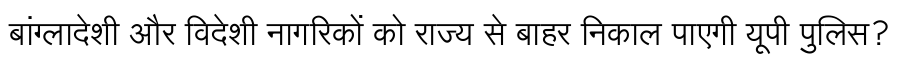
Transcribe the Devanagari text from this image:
बांग्लादेशी और विदेशी नागरिकों को राज्य से बाहर निकाल पाएगी यूपी पुलिस?